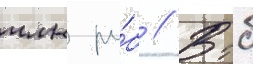
млн ру́б // Втб